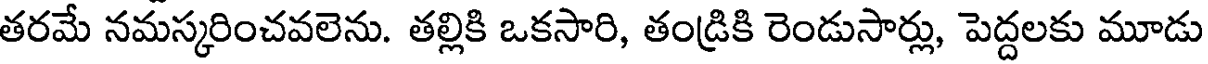
తరమే నమస్కరించవలెను. తల్లికి ఒకసారి, తండ్రికి రెండుసార్లు, పెద్దలకు మూడు